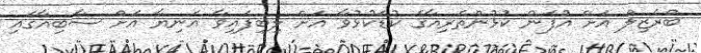
ބްރެޒިލް އަށް އުފަން ކުޅުންތެރިއާގެ ކުޑަކުޅުވާ އަށް ލިބިފައިވާ އަނިޔާ އަށް ސާބިއާގައި